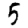
Digit: 5